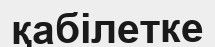
қабілетке